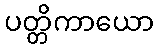
ပတ္တိကာယော